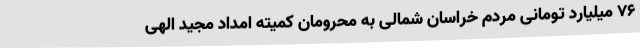
76 میلیارد تومانی مردم خراسان شمالی به محرومان کمیته امداد مجید الهی